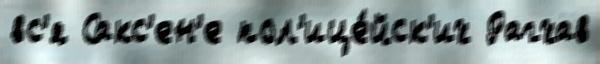
вс'я Сакс'ен'е пол'ице́йск'их Рагхав